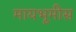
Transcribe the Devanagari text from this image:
मायभूमीस